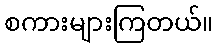
စကားများကြတယ်။